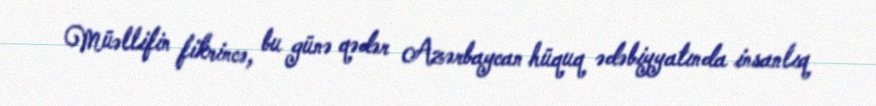
Müəllifin fikrincə, bu günə qədər Azərbaycan hüquq ədəbiyyatında insanlıq